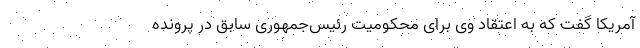
آمریکا گفت که به اعتقاد وی برای محکومیت رئیس‌جمهوری سابق در پرونده